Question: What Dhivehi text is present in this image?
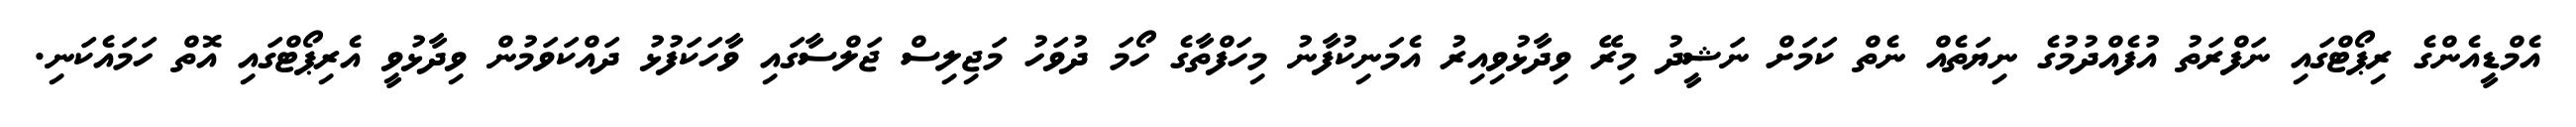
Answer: އެމްޑީއެންގެ ރިޕޯޓްގައި ނަފްރަތު އުފެއްދުމުގެ ނިޔަތެއް ނެތް ކަމަށް ނަޝީދު މިރޭ ވިދާޅުވިއިރު އެމަނިކުފާނު މިހަފްތާގެ ހޯމަ ދުވަހު މަޖިލިސް ޖަލްސާގައި ވާހަކަފުޅު ދައްކަވަމުން ވިދާޅުވީ އެރިޕޯޓްގައި އޮތް ހަމައެކަނި.